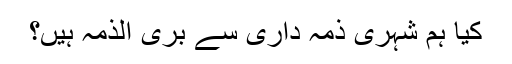
کیا ہم شہری ذمہ داری سے بری الذمہ ہیں؟